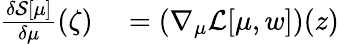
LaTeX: \begin{array}{rl}{\frac{\delta\mathcal{S}[\mu]}{\delta\mu}(\zeta)}&{{}=(\nabla_{\mu}\mathcal{L}[\mu,w])(z)}\end{array}